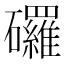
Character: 𥗴